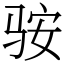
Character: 䯃